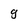
Character: g